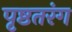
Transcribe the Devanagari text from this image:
पृष्ठतरंग